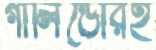
গালিন্ডোরই